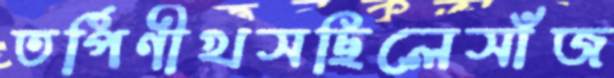
তর্পিণীখসছিলেসাঁজ